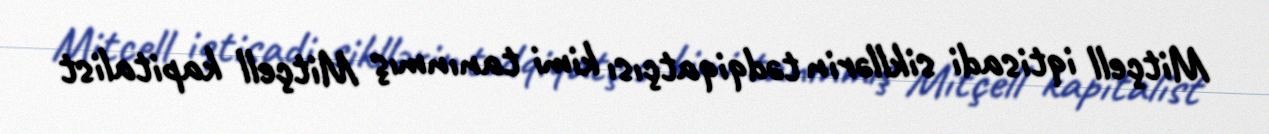
Mitçell iqtisadi sikllərin tədqiqatçısı kimi tanınmış Mitçell kapitalist